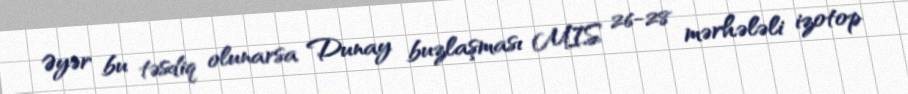
Əyər bu təsdiq olunarsa Dunay buzlaşması MIS 26-28 mərhələli izotop